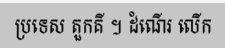
ប្រទេស តួកគី ។ ដំណើរ លើក